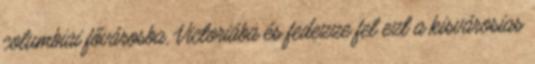
columbiai fővárosba, Victoriába és fedezze fel ezt a kisvárosias